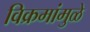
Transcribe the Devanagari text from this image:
विक्रमांमुळे